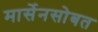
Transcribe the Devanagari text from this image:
मार्सेनसोबत